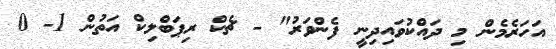
އަހަރެމެން މި ދައްކުވައިދިނީ ފެންވަރު" - ޗެކް ރިޕަބްލިކް އަތުން 1- 0